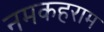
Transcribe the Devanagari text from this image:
नमकहराम